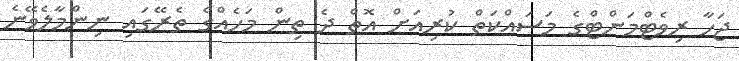
ޖަހާ ރިވެޓްމަންޓްގެ މަސައްކަތް ކުރިއަށް އޮތް ދެ ތިން މަހެއްގެ ތެރޭގައި ނިންމާލެވޭނެ